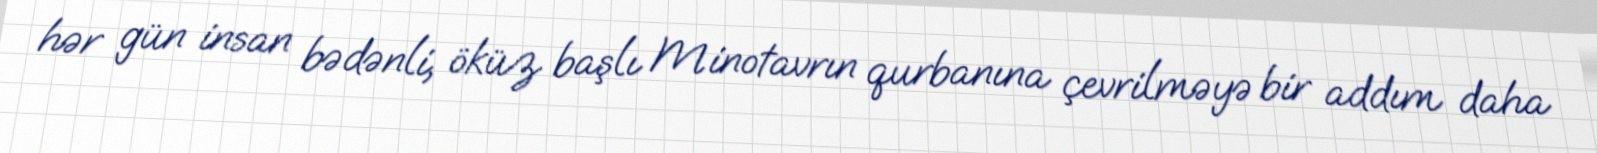
hər gün insan bədənli, öküz başlı Minotavrın qurbanına çevrilməyə bir addım daha